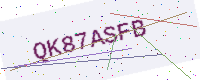
Text: QK87ASFB